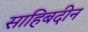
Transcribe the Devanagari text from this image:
साहिबदीन